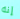
إنه